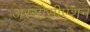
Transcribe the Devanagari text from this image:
अस्सोसीऐशन